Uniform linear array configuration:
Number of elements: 8
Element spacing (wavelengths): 0.25
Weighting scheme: hamming
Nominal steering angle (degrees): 15
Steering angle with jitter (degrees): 16.546
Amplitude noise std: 0.05
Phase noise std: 0.05

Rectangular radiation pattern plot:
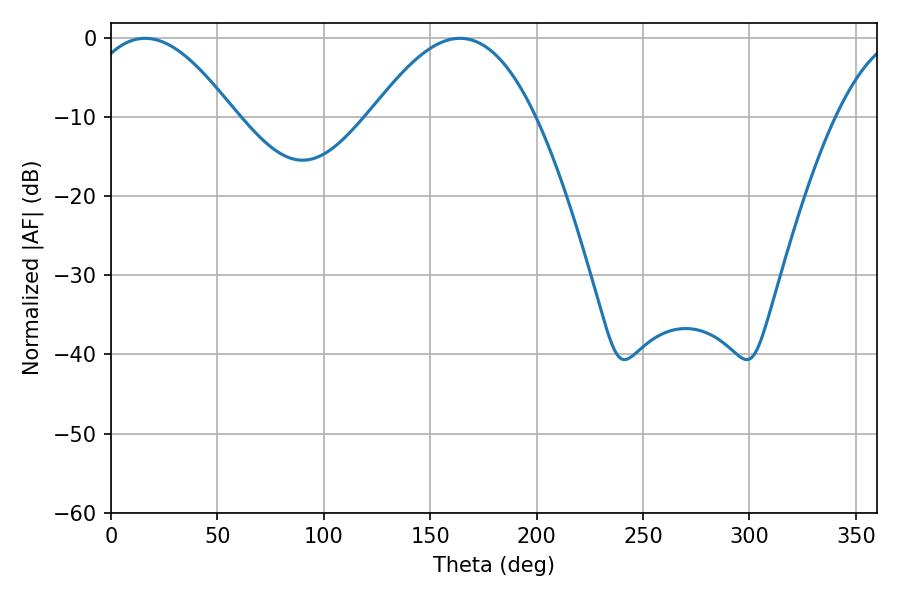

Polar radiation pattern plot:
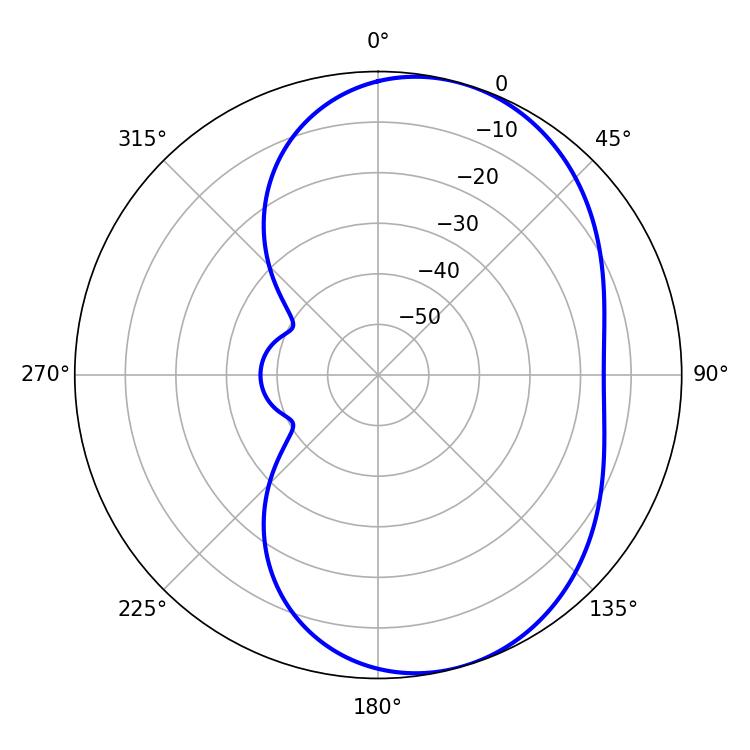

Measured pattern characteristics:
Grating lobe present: FALSE
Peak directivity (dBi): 6.016
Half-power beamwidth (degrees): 38.16
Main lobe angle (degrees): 16.02